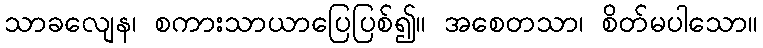
သာခလျေန၊ စကားသာယာပြေပြစ်၍။ အစေတသာ၊ စိတ်မပါသော။